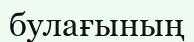
булағының